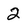
Character: 2